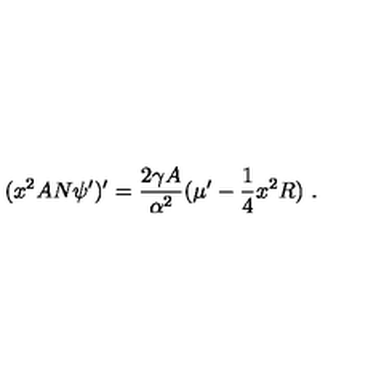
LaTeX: ( x ^ { 2 } A N \psi ^ { \prime } ) ^ { \prime } = \frac { 2 \gamma A } { \alpha ^ { 2 } } ( { \mu ^ { \prime } } - { \frac { 1 } { 4 } } x ^ { 2 } R ) \ .